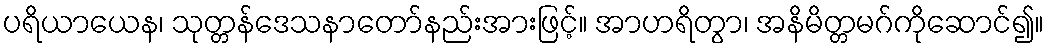
ပရိယာယေန၊ သုတ္တန်ဒေသနာတော်နည်းအားဖြင့်။ အာဟရိတွာ၊ အနိမိတ္တမဂ်ကိုဆောင်၍။